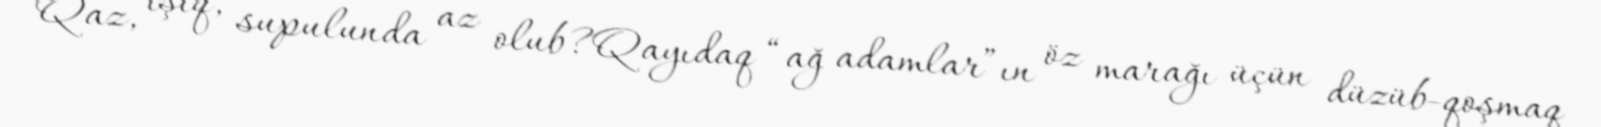
Qaz, işıq, supulunda az olub?Qayıdaq “ağ adamlar”ın öz marağı üçün düzüb-qoşmaq